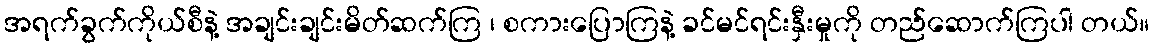
အရက်ခွက်ကိုယ်စီနဲ့ အချင်းချင်းမိတ်ဆက်ကြ ၊ စကားပြောကြနဲ့ ခင်မင်ရင်းနှီးမှုကို တည်ဆောက်ကြပါ တယ်။